Papers set at the Examination for Leaving Certificates, 1892
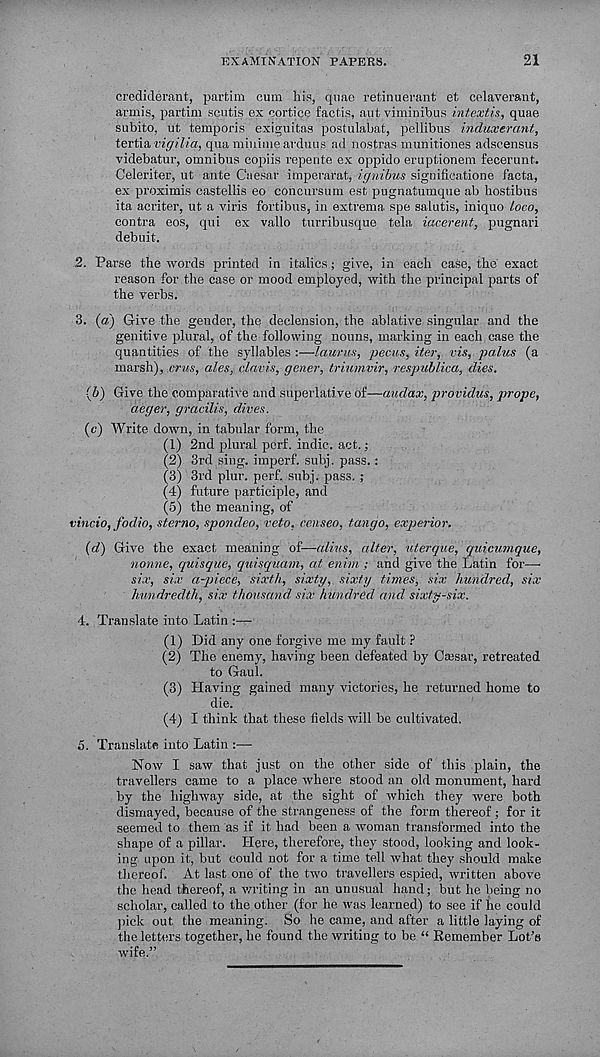
21
EXAMINATION PAPERS.
crediderant, partim cum his, quae retinuerant et celaverant,
amis, partim scutis ex cortice factis, aut viminibus intextis, quae
subito, ut temporis exiguitas postulabat, pellibus induxerant,
tertia vigilia, quamimmearduus ad nostras munitiones adscensus
videbatur, omnibus copiis repente ex oppido eruptionem fecerunt.
Celeriter, ut ante Caesar imperarat, ignibus significatione facta,
ex proximis castellis eo concursum est pugnatumque ab hostibus
ita acriter, ut a viris fortibus, in extrema spe salutis, iniquo Loco,
contra eos, qui ex vallo turribusque tela iacerent, piignari
debuit.
2. Parse the words printed in italics; give, in each case, the’ exact
reason for the case or mood employed, with the principal parts of
the verbs.
3. (a) G-ive the gender, the declension, the ablative singular and the
genitive plural, of the following nouns, marking in each case the
quantities of the syllables :—laurus, pecus, iter, vis, palus (a
marsh), crus, ales, clavis, gener, triumvir, respublica, dies.
(6) Give the comparative and superlative of—audax, providus, propc,
aeger, gracilis, dives.
(c) Write down, in tabular form, the_
(1) 2nd plural perf. indie, act.;
(2) 3rd sing, imperf. subj. pass. :
(3) 3rd plur. perf. subj. pass. ;
(4) future participle, and
(5) the meaning, of
vincio, fodio, sterna, spondeo, veto, censeo, tango, exjjerior.
(d) Give the exact meaning of—alius, alter, uterque, quicumque,
nonne, quisque, quisquam, at enim ; and give the Latin for—
six, six d-piece, sixth, sixty, sixty times, six hundred, six
hundredth, six thousand six hundred and sixty-six.
4. Translate into Latin :—
(1) Did any one forgive me my fault ?
(2) The enemy, having been defeated by Csesar, retreated
to Gaul.
(3) Having gained many victories, he returned home to
die.
(4) I think that these fields will be cultivated.
5. Translate into Latin :—
Now I saw that just on the other side of this plain, the
travellers came to a place where stood an old monument, hard
by the highway side, at the sight of which they were both
dismayed, because of the strangeness of the form thereof; for it
seemed to them as if it had been a woman transformed into the
shape of a pillar. Here, therefore, they stood, looking and look-
ing upon it, but could not for a time tell what they should make
thereof. At last one of the two travellers espied, written above
the head thereof, a writing in an unusual hand; but he being no
scholar, called to the other (for he was learned) to see if he could
pick out the meaning. So he came, and after a little laying of
the letters together, he found the writing to be “ Remember Lot’s
wife.”